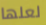
لعلها